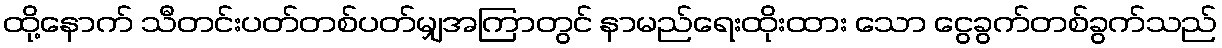
ထို့နောက် သီတင်းပတ်တစ်ပတ်မျှအကြာတွင် နာမည်ရေးထိုးထား သော ငွေခွက်တစ်ခွက်သည်